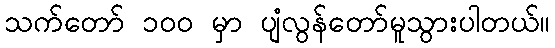
သက်တော် ၁ဝဝ မှာ ပျံလွန်တော်မူသွားပါတယ်။